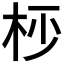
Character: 𣐣